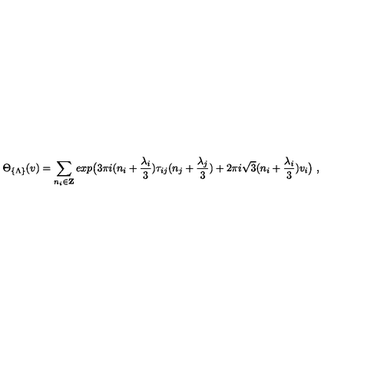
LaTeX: \Theta _ { \{ \Lambda \} } ( v ) = \sum _ { n _ { i } \in { \bf Z } } e x p \bigl ( 3 \pi i ( n _ { i } + \frac { \lambda _ { i } } { 3 } ) \tau _ { i j } ( n _ { j } + \frac { \lambda _ { j } } { 3 } ) + 2 \pi i \sqrt { 3 } ( n _ { i } + \frac { \lambda _ { i } } { 3 } ) v _ { i } \bigr ) \ ,